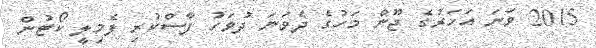
2015 ވަނަ އަހަރުގެ ޖޫން މަހުގެ ދެވަނަ ދުވަހު ފާސްކުރި ފެމިލީ ކޯޓުން